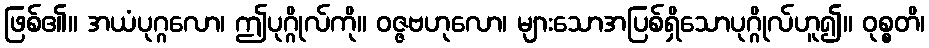
ဖြစ်၏။ အယံပုဂ္ဂလော၊ ဤပုဂ္ဂိုလ်ကို။ ဝဇ္ဇဗဟုလော၊ များသောအပြစ်ရှိသောပုဂ္ဂိုလ်ဟူ၍။ ဝုစ္စတိ၊